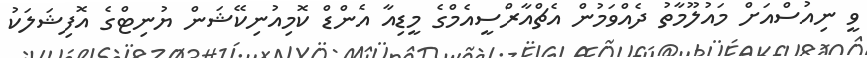
ވީ ނިއުސްއަށް މައުލޫމާތު ދެއްވަމުން އެޗްއާރްސީއެމްގެ މީޑިއާ އެންޑް ކޮމިއުނިކޭޝަން ޔުނިޓްގެ އޮފިޝަލަކު